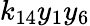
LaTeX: k_{14}y_{1}y_{6}